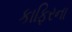
કાફિરના